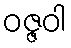
ဝဇ္ဇဝါ